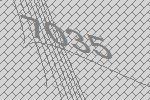
7035